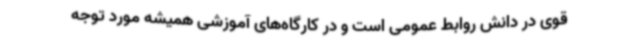
قوی در دانش روابط عمومی است و در کارگاه‌های آموزشی همیشه مورد توجه